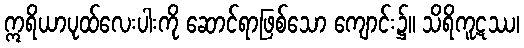
ဣရိယာပုထ်လေးပါးကို ဆောင်ရာဖြစ်သော ကျောင်း၌။ သိရိကူဋဿ၊